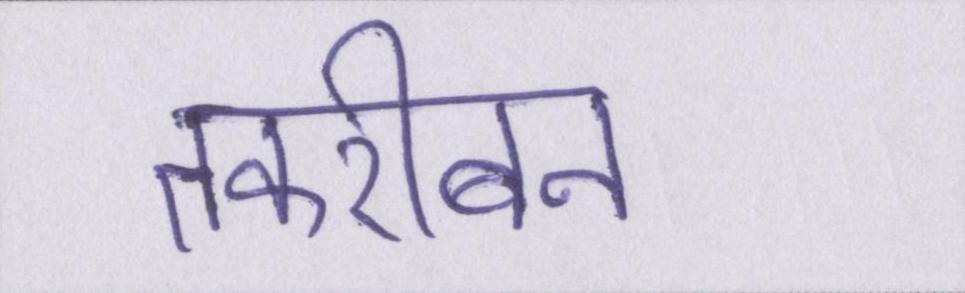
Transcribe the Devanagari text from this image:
तकरीबन